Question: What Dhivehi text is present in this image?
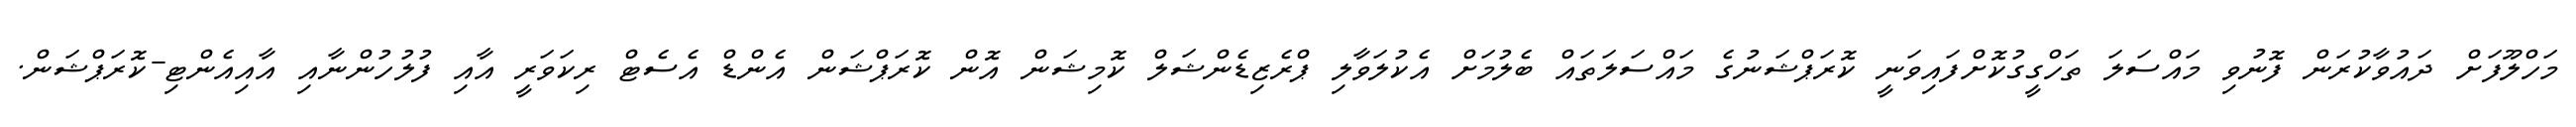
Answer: މަހްލޫފަށް ދައުވާކުރަން ފޮނުވި މައްސަލަ ތަހްގީގުކޮށްފައިވަނީ ކޮރަޕްޝަނުގެ މައްސަލަތައް ބެލުމަށް އެކުލަވާލި ޕްރެޒިޑެންޝަލް ކޮމިޝަން އޮން ކޮރަޕްޝަން އެންޑް އެސެޓް ރިކަވަރީ އާއި ފުލުހުންނާއި އާއިއެންޓި-ކޮރަޕްޝަން.